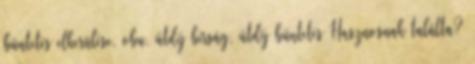
büntetés elkerülése, obu, útdíj bírság, útdíj büntetés Hasznosnak találta?